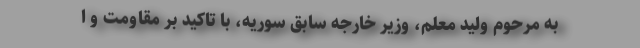
به مرحوم ولید معلم، وزیر خارجه سابق سوریه، با تاکید بر مقاومت و ا